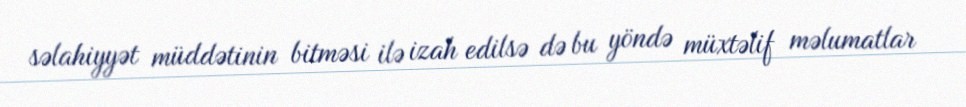
səlahiyyət müddətinin bitməsi ilə izah edilsə də bu yöndə müxtəlif məlumatlar